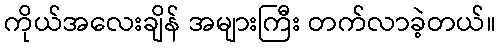
ကိုယ်အလေးချိန် အများကြီး တက်လာခဲ့တယ်။